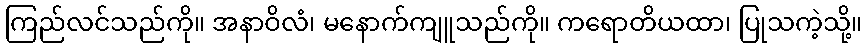
ကြည်လင်သည်ကို။ အနာဝိလံ၊ မနောက်ကျူသည်ကို။ ကရောတိယထာ၊ ပြုသကဲ့သို့။